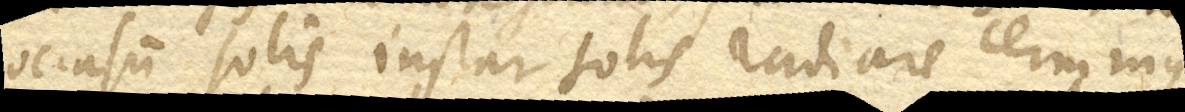
occasum solis instar solis radiare cernimus,